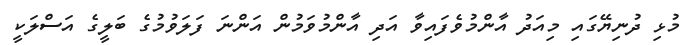
މުޅި ދުނިޔޭގައި މިއަދު އާންމުވެފައިވާ އަދި އާންމުވަމުން އަންނަ ފަލަވުމުގެ ބަލީގެ އަސްލަކީ